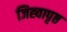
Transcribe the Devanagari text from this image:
जिह्वापृष्ठ